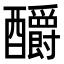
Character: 釂